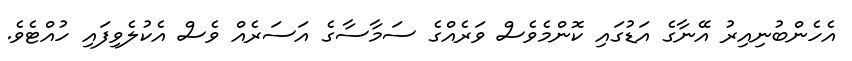
އެހެންބުނިއިރު އޭނާގެ އަޑުގައި ކޮންމެވެސް ވަރެއްގެ ސަމާސާގެ އަސަރެއް ވެސް އެކުލެވިފައި ހުއްޓެވެ.